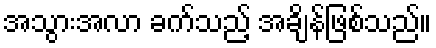
အသွားအလာ ခက်သည့် အချိန်ဖြစ်သည်။